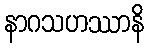
နာဂသဟဿာနိ